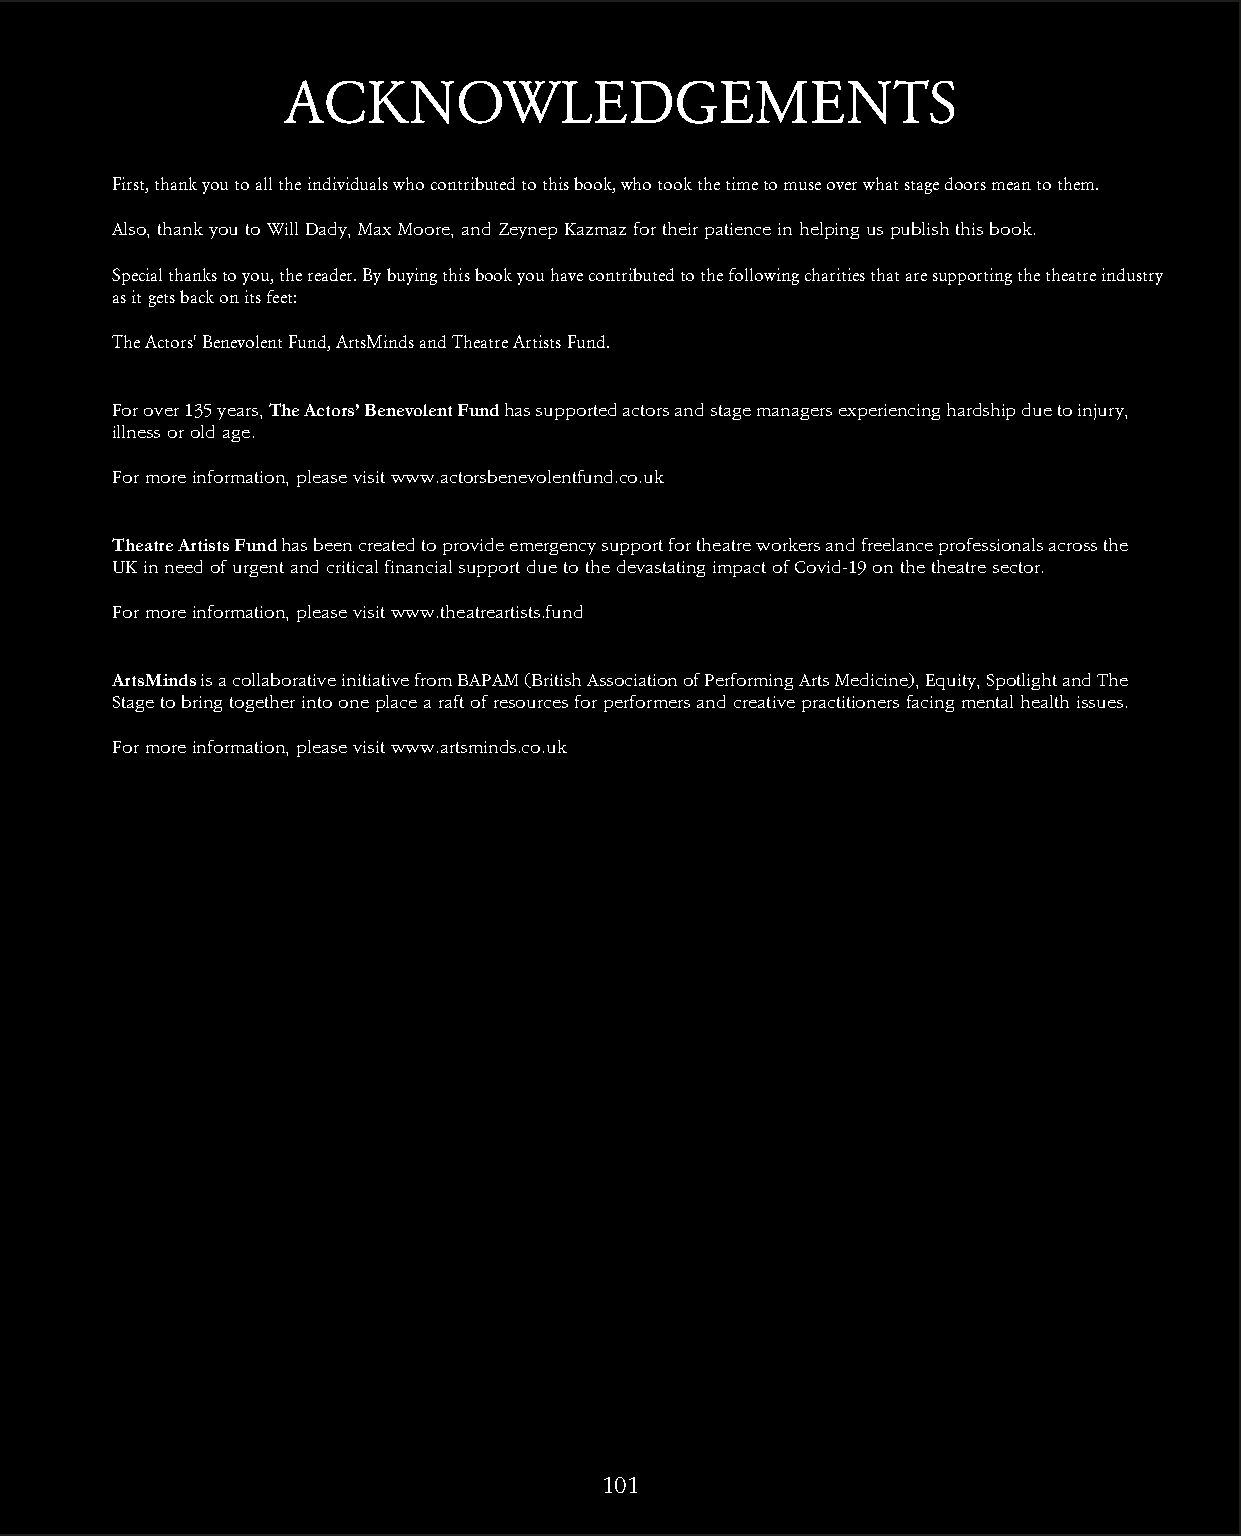
ACKNOWLEDGEMENTS
 First, thank you to all the individuals who contributed to this book, who took the time to muse over what stage doors mean to them.
 Also, thank you to Will Dady, Max Moore, and Zeynep Kazmaz for their patience in helping us publish this book.
 Special thanks to you, the reader. By buying this book you have contributed to the following charities that are supporting the theatre industry
 as it gets back on its feet:
 The Actors' Benevolent Fund, ArtsMinds and Theatre Artists Fund.
 For over 135 years, The Actors’ Benevolent Fund has supported actors and stage managers experiencing hardship due to injury,
 illness or old age.
 For more information, please visit www.actorsbenevolentfund.co.uk
 Theatre Artists Fund has been created to provide emergency support for theatre workers and freelance professionals across the
 UK in need of urgent and critical financial support due to the devastating impact of Covid-19 on the theatre sector.
 For more information, please visit www.theatreartists.fund
 ArtsMinds is a collaborative initiative from BAPAM (British Association of Performing Arts Medicine), Equity, Spotlight and The
 Stage to bring together into one place a raft of resources for performers and creative practitioners facing mental health issues.
 For more information, please visit www.artsminds.co.uk
 101